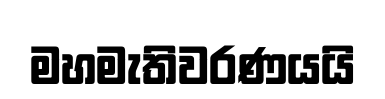
මහමැතිවරණයයි